Riigikohus_(kohtuotsuste_protokollid), lk 18
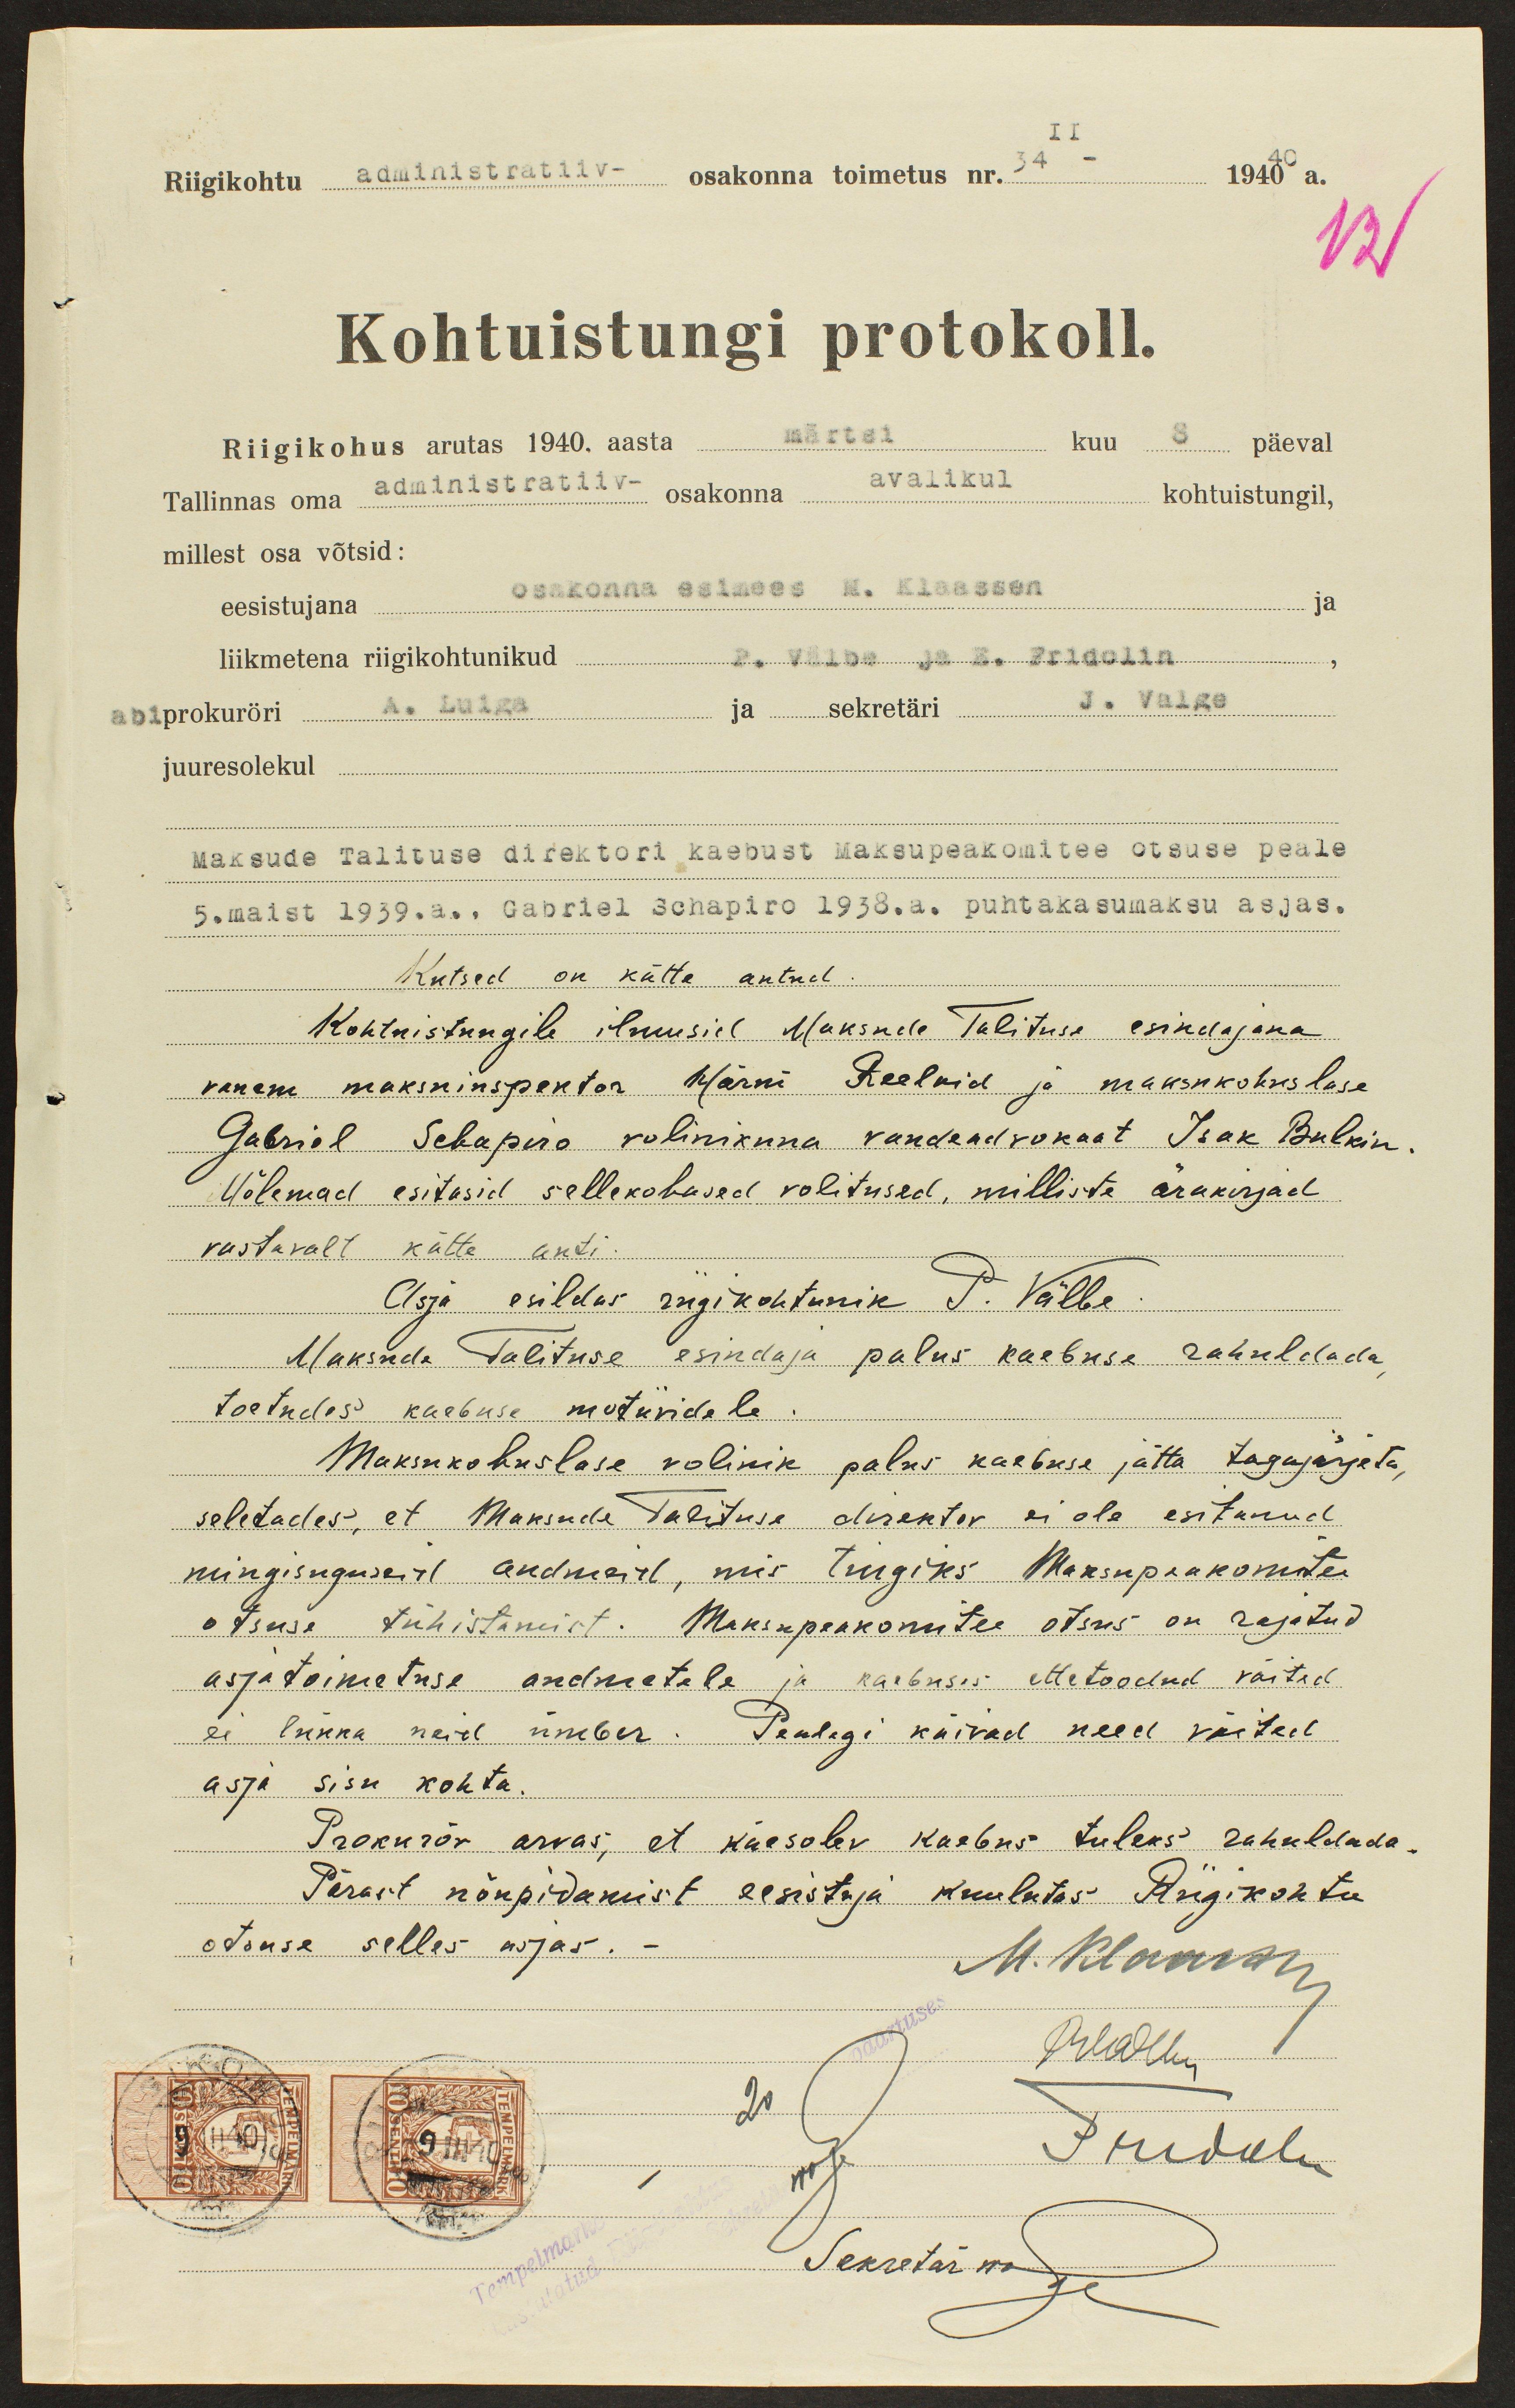
Riigikohtu administratiiv- osakonna toimetus nr. 34- 1940 a.
Kohtuistungi protokoll.
Riigikohus arutas 1940. aasta märtsi kuu 3 päeval
Tallinnas oma administratiiv- osakonna avalikul kohtuistungil,
millest osa võtsid:
eesistujana osakonna esimees M. Klaassen
liikmetena riigikohtunikud P. Välbe ja E. Fridolin
abiprokuröri A. Luiga ja sekretäri J. Valge
juuresolekul
Maksude Talituse direktori kaebust Maksupeakomitee otsuse peale
5. maist 1939.a., Gabriel Schapiro 1938. a. puhtakasumaksu asjas.
Kutsed on kätte antud
Kohtuistungile ilmusid Maksude Talituse esindajana
vanem maksuinspektor Härm Reelaid ja maksukohuslase
Gabriel Schapiro volinikuna vandeadvokaat Isak Bulkin.
Mõlemad esitasid sellekohased volitused, milliste ärakirjad
vastavalt kätte anti
Asja esildas riigikohtunik P. Välbe
Maksude Talituse esindaja palus kaebuse rahuldada,
toetudes kaebuse motiividele
Maksukohuslase volinik palus kaebuse jätta tagajärjeta,
seletades, et Maksude Talituse direktor ei ole esitanud
mingisuguseid andmeid, mis tingiks Maksupeakomitee
otsuse tühistamist. Maksupeakomitee otsus on rajatud
asja toimetuse andmetele ja kaebuses ettetoodud väited
ei lükka neid ümber. Pealegi käivad need väited
asja sisu kohta.
Prokurör arvas, et käesolev kaebus tuleks rahuldada.
Pärast nõupidamist eesistuja kuulutas Riigikohtu
otsuse selles asjas.